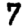
Digit: 7